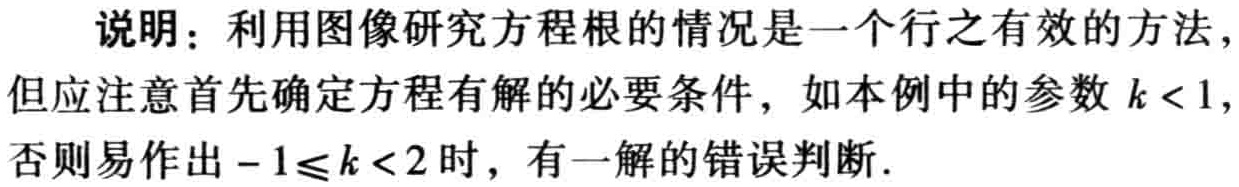
说明：利用图像研究方程根的情况是一个行之有效的方法，但应注意首先确定方程有解的必要条件，如本例中的参数 \(k < 1\)，否则易作出 \(-1\leqslant k < 2\) 时，有一解的错误判断.